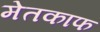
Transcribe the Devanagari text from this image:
मेतकाफ